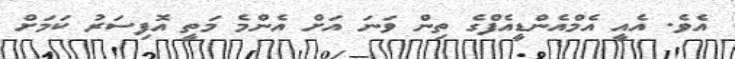
އެވެ. އެއީ އެމްއެންޑީއެފްގެ ތިން ވަނަ އަށް އެންމެ މަތީ އޮފިސަރު ކަމަށް